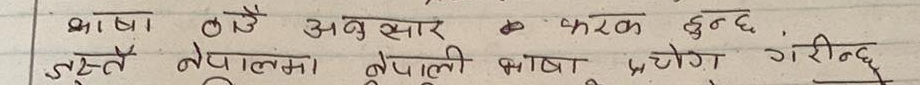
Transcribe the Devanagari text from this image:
भाषा ठाउँ अनुसार फरक हुन्छ।
जुस्तै नेपालमा नेपाली भाषा प्रयोग गरिन्छ।